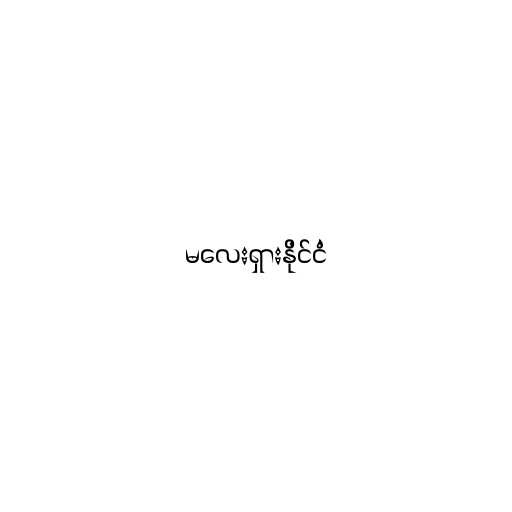
မလေးရှားနိုင်ငံ